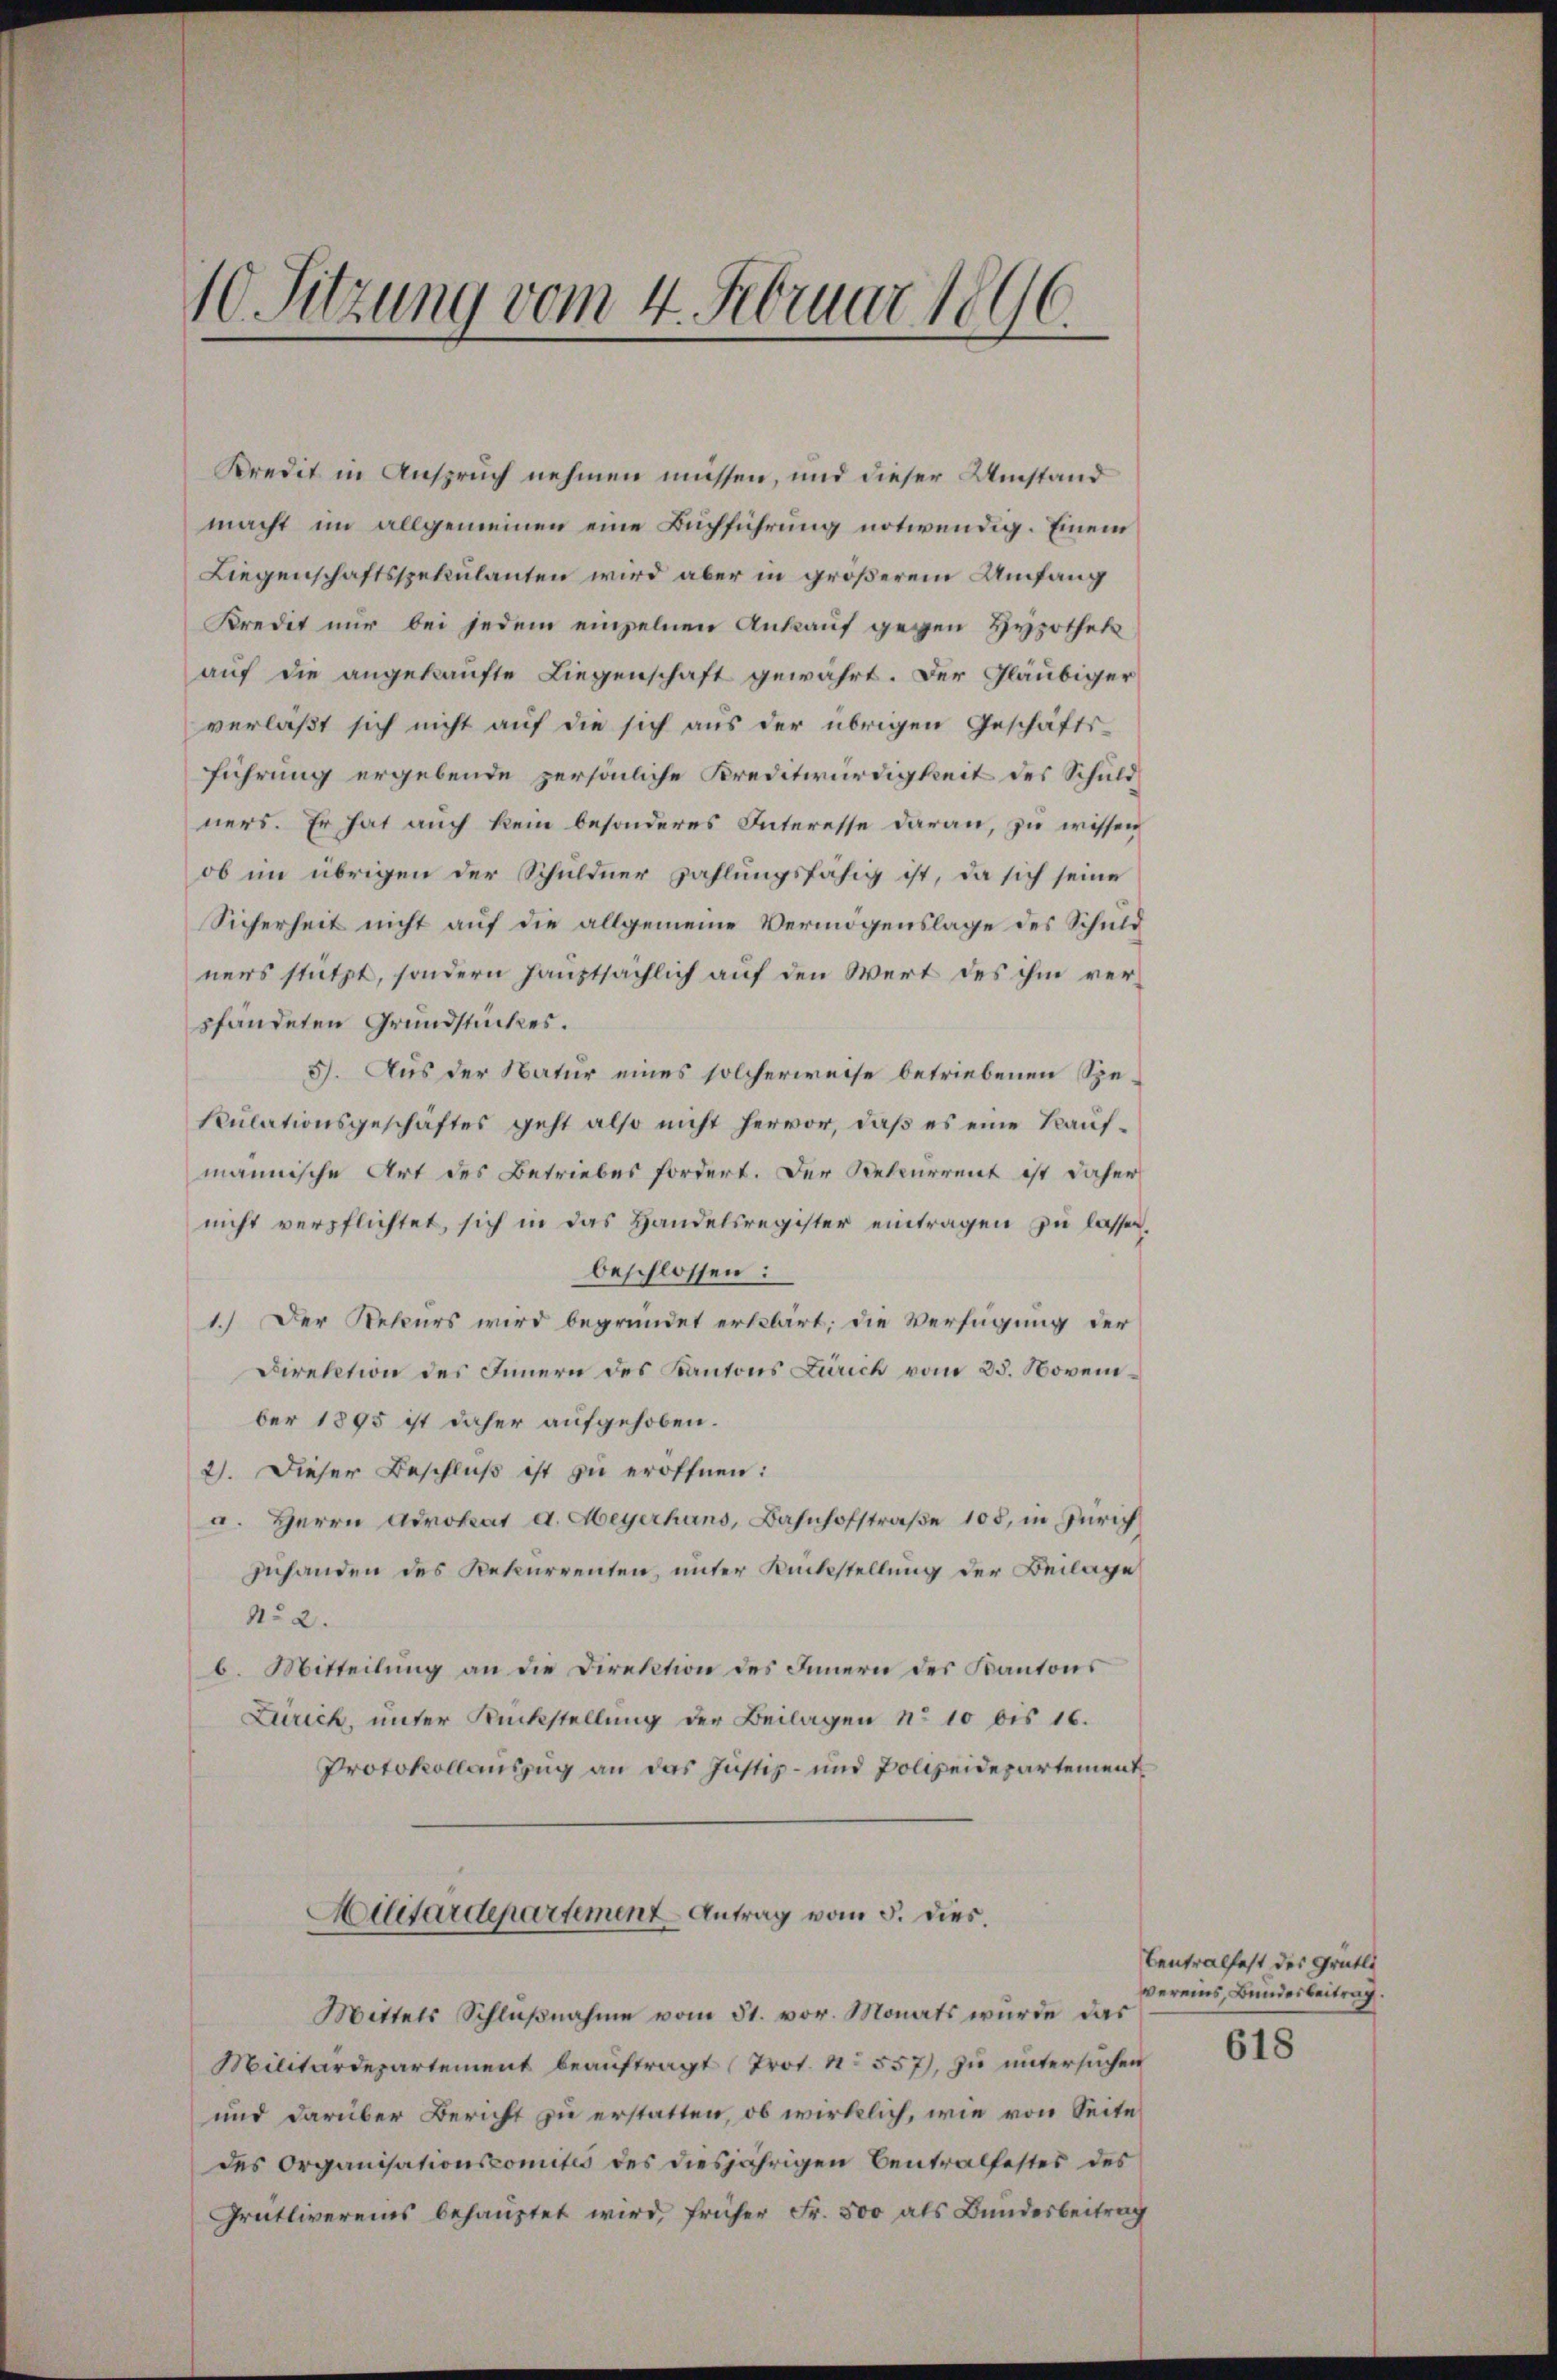
10 Sitzung vom 4. Februar 1896.

Kredit in Anspruch nehmen müssen, und dieser Umstand
macht im allgemeinen eine Buchführung notwendig. Einem
Liegenschaftsspekulanten wird aber in größerem Umfang
Kredit nur bei jedem einzelnen Ankauf gegen Hypothek
auf die angekaufte Liegenschaft gewährt. Der Gläubiger
verläßt sich nicht auf die sich aus der übrigen Geschäfts-
führung ergebende persönliche Kreditwürdigkeit des Schuld
ners. Er hat auch kein besonderes Interesse daran, zu wissen
ob im übrigen der Schuldner zahlungsfähig ist, da sich seine
Sicherheit nicht auf die allgemeine Vermögenslage des Schuld
ners stützt, sondern hauptsächlich auf den Wert des ihm verpfändeten Grundstückes.
5). Aus der Natur eines solcherweise betriebenen Spe¬
Kulationsgeschäftes geht also nicht hervor, daß es eine Kaufmännische Art des Betriebes fordert. Der Rekurrent ist daher
nicht verpflichtet, sich in das Handelsregister eintragen zu lassen.
beschlossen:
1.) Der Rekurs wird begründet erklärt, die Verfügung der
Direktion des Innern des Kantons Zürich vom 25. November 1895 ist daher aufgehoben.
2). Dieser Beschluß ist zu eröffnen:
a. Herrn Advokat a. Meyerhans, Bahnhofstraße 105, in Zürich
zuhanden des Rekurrenten, unter Rückstellung der Beilage
No 2.
b. Mitteilung an die Direktion des Innern des Kantons
Zürich, unter Rückstellung der Beilagen No 10 bis 16.
Protokollauszug an das Justiz- und Polizeidepartement
Militärdepartement Antrag vom 5. dies
Mittels Schlŭβnahme vom 31. vor. Monats wurde das
Militärdepartement beaŭftragt (Prot. N. 557), zu untersŭchen
und darüber Bericht zu erstatten, ob wirklich, wie von Seite
des Organisationscomités des diesjährigen Centralfestes des
Grütlivereins behauptet wird, früher Fr. 500 als Bundesbeitrag

Centralfest des Grütli
vereins Bundesbeitrag

618